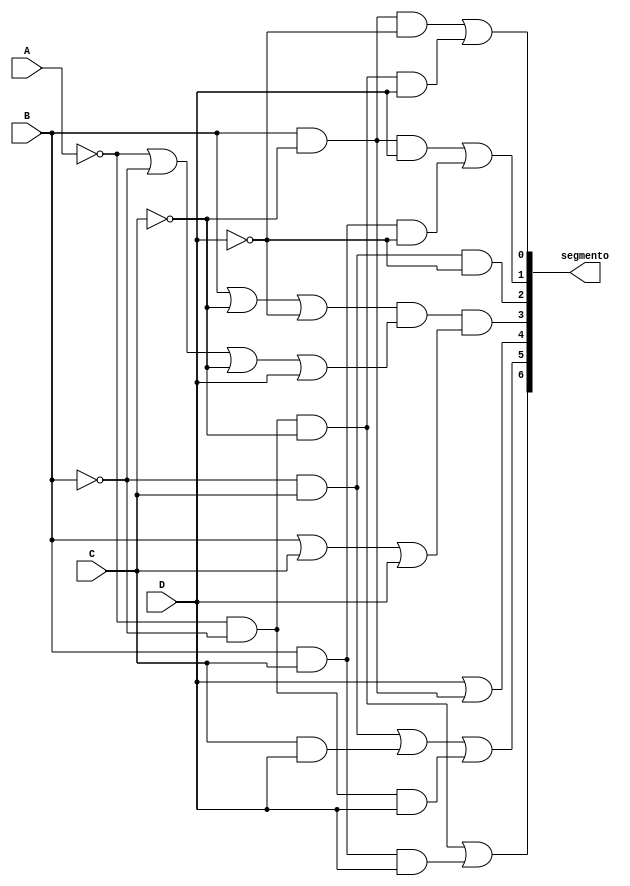
module CodNum(A,B,C,D,segmento);
	input A,B,C,D;
	output [6:0]segmento;
	wire nA,nB,nC,nD;
	wire aux[12:0];
	not(nA,A);
	not(nB,B);
	not(nC,C);
	not(nD,D);
	
	// Letra A;
	and(aux[0],nA,nB,nC,D);
	and(aux[1],B,nC,nD);
	or(segmento[0],aux[1],aux[0]);
	
	//Letra B;
	and(aux[2],B,nC,D);
	and(aux[3],B,C,nD);
	or(segmento[1],aux[2],aux[3]);
	
	//Letra C;
	and(segmento[2],nB,C,nD);
	
	//Letra D;
	or(aux[4],B,nC,nD);
	or(aux[5],nA,nB,nC,D);
	or(aux[6],B,C,D);
	and(segmento[3],aux[4],aux[5],aux[6]);
	
	//Letra E;
	and(aux[7],B,nC);
	or(segmento[4],D,aux[7]);
	
	//Letra F;
	and(aux[8],nB,C);
	and(aux[9],C,D);
	and(aux[10],nA,nB,D);
	or(segmento[5],aux[8],aux[9],aux[10]);
	
	//Letra G;
	and(aux[11],nA,nB,nC);
	and(aux[12],B,C,D);
	or(segmento[6],aux[11],aux[12]);
	
endmodule